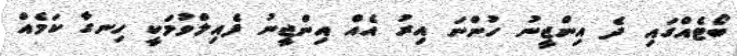
ބޯޓެއްގައި ދެ އިންޖީނު ހުންނަ އިރު އެއް އިންޖީނު ފެއިލްވުމަކީ ހިނގާ ކަމެއް